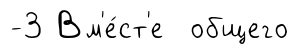
-3 Вм'е́ст'е общего